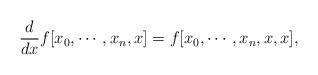
\begin{align*}\frac{d}{dx}f[x_0,\cdots, x_n,x]=f[x_0,\cdots, x_n,x,x],\end{align*}